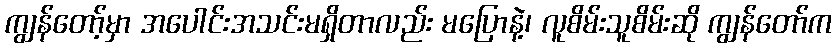
ကျွန်တော့်မှာ အပေါင်းအသင်းမရှိတာလည်း မပြောနဲ့၊ လူစိမ်းသူစိမ်းဆို ကျွန်တော်က